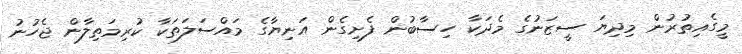
މީގެއިތުރުން މިދިޔަ ސީޒަނުގެ މެދަކާ ހިސާބުން ފެށިގެން އަނިޔާގެ މައްސަލަތަކާ ކުރިމަތިލާން ޖެހުނު